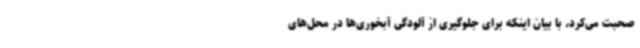
صحبت می‌کرد، با بیان اینکه برای جلوگیری از آلودگی آبخوری‌ها در محل‌های